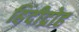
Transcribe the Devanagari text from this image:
हिंदीद्रोह